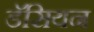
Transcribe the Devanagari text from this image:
डॅसियन